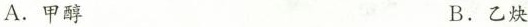
A.甲醇 B.乙炔